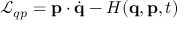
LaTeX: { \mathcal { L } } _ { q p } = \mathbf { p } \cdot { \dot { \mathbf { q } } } - H ( \mathbf { q } , \mathbf { p } , t )